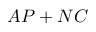
A P + N C